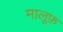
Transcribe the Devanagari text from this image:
मालूफ़